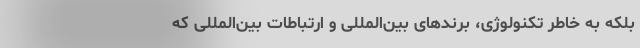
بلکه به خاطر تکنولوژی، برندهای بین‌المللی و ارتباطات بین‌المللی که